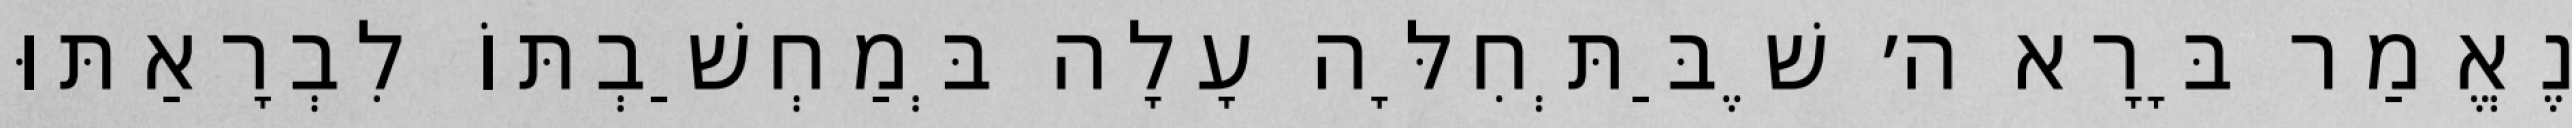
נֶאֱמַר בָּרָא ה׳ שֶׁבַּתְּחִלָּה עָלָה בְּמַחְשַׁבְתּוֹ לִבְרָאַתּוּ